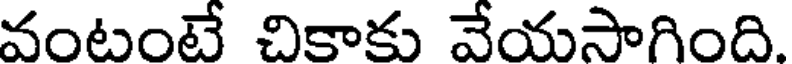
వంటంటే చికాకు వేయసాగింది.